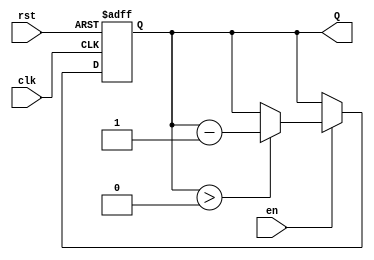
module DownCounter (
    input wire clk,       // Clock signal
    input wire rst,       // Asynchronous reset signal
    input wire en,        // Enable signal for counting
    output reg [3:0] Q    // 4-bit output for the current count
);

    // Maximum count value for a 4-bit counter
    localparam MAX_COUNT = 4'b1111; // 15 in decimal

    // Asynchronous reset and counting operation
    always @(posedge clk or posedge rst) begin
        if (rst) begin
            // Reset the counter to maximum value
            Q <= MAX_COUNT;
        end else if (en) begin
            // Decrement the counter
            if (Q > 0) begin
                Q <= Q - 1;
            end
            // If you want wrap-around, uncomment the next line
            // else begin
            //     Q <= MAX_COUNT;
            // end
        end
    end

endmodule